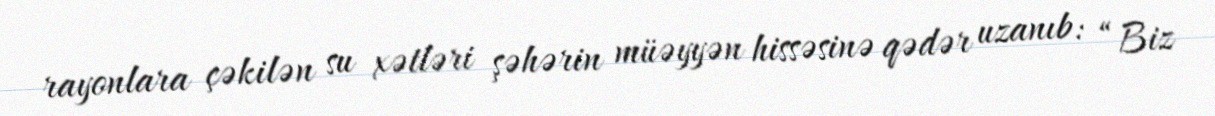
rayonlara çəkilən su xətləri şəhərin müəyyən hissəsinə qədər uzanıb: “Biz